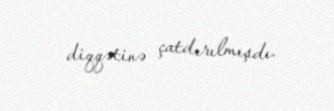
diqqətinə çatdırılmışdı.